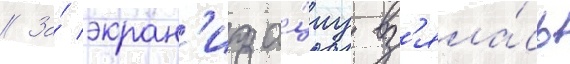
// За́ экран'иза́циу вз'яла́сь